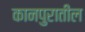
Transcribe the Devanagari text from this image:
कानपुरातील